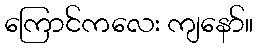
ကြောင်ကလေး ကျနော်။